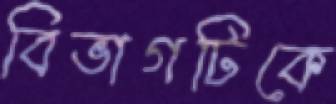
বিভাগটিকে